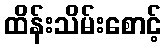
ထိန်းသိမ်းစောင့်